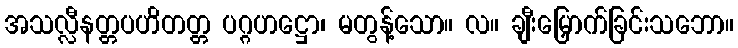
အသလ္လီနတ္တပဟိတတ္တ ပဂ္ဂဟဋ္ဌော၊ မတွန့်သော။ လ။ ချီးမြှောက်ခြင်းသဘော။